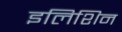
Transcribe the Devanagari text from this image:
इलिशिन